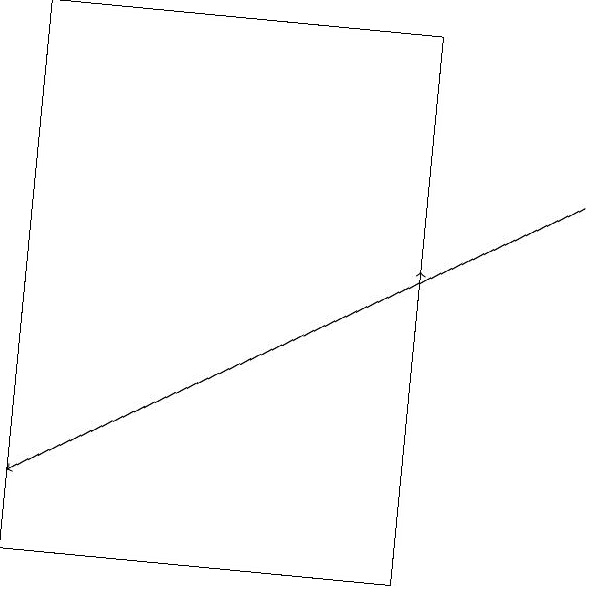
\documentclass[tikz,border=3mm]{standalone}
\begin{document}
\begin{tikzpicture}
\draw[->] (7,16) -- (0,12);
\draw[->] (5,14) -- (5,15);
\draw (5,18) rectangle (0,11);
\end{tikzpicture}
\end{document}